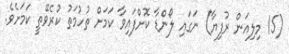
(15 މިލިއަން ރުފިޔާ) ނަގައި ލޯންޑާ ކޮށްފައިވާ ކަމަށް ތުހުމަތު ކުރެވޭތީ ކަމަށެވެ.